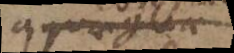
aquae glaci